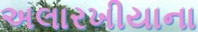
અલારખીયાના